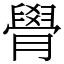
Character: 䑁